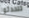
تتحدثوا